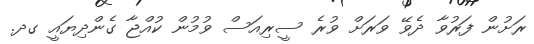
ރަށުން ފަރުވާ ދެވޭ ވަރަށް ވުރެ ސީރިއަސް ވުމުން ކުއްޖާ ގެންދިޔައީ ގދ.